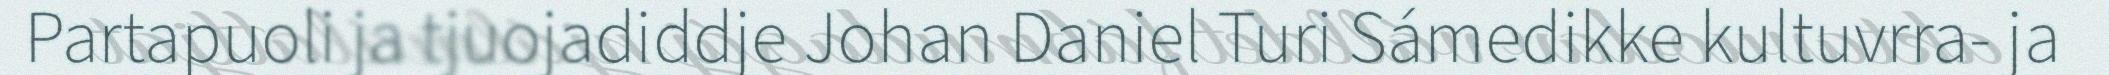
Partapuoli ja tjuojadiddje Johan Daniel Turi Sámedikke kultuvrra- ja